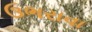
ઉભરાવા